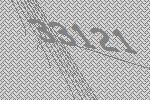
33121